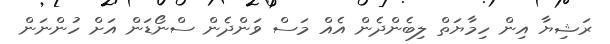
ރަޝިޔާ އިން ހިމާޔަތް ލިބެންދެން އެއް މަސް ވަންދެން ސްނޯޑަން އަށް ހުންނަން